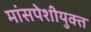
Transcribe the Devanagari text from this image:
मांसपेशीयुक्त